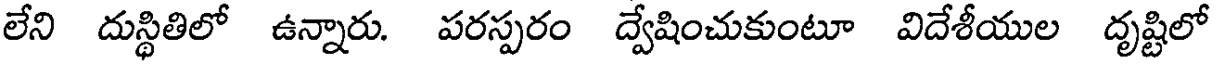
లేని దుస్థితిలో ఉన్నారు. పరస్పరం ద్వేషించుకుంటూ విదేశీయుల దృష్టిలో